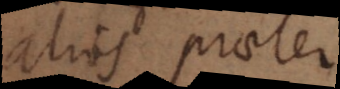
alios praeter